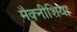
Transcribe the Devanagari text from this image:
मैक्नीशिया